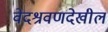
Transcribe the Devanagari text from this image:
वेदश्रवणदेखील